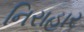
નિરાહાર